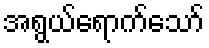
အရွယ်ရောက်သော်